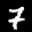
Label: 7